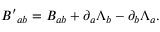
{ B ^ { \prime } } _ { a b } = B _ { a b } + \partial _ { a } \Lambda _ { b } - \partial _ { b } \Lambda _ { a } .